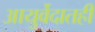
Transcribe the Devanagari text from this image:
आयुर्वेदातही